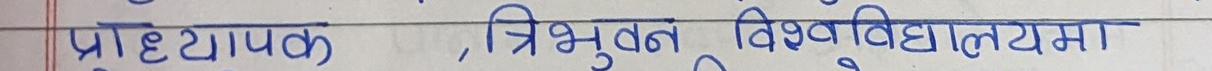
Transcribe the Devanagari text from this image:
प्राध्यापक , त्रिभुवन विश्वविद्यालयमा